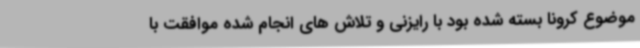
موضوع کرونا بسته شده بود با رایزنی و تلاش های انجام شده موافقت با